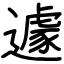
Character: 遽